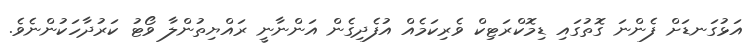
އަޅުގަނޑަށް ފެންނަ ގޮތުގައި ޑިމޮކްރަޓިކް ވެރިކަމެއް އުފެދިގެން އަންނާނީ ރައްޔިތުންލާ ވޯޓު ކަރުދާހަކުންނެވެ.